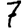
Digit: 7